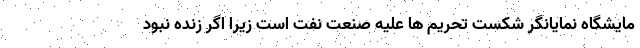
مایشگاه نمایانگر شکست تحریم ها علیه صنعت نفت است زیرا اگر زنده نبود